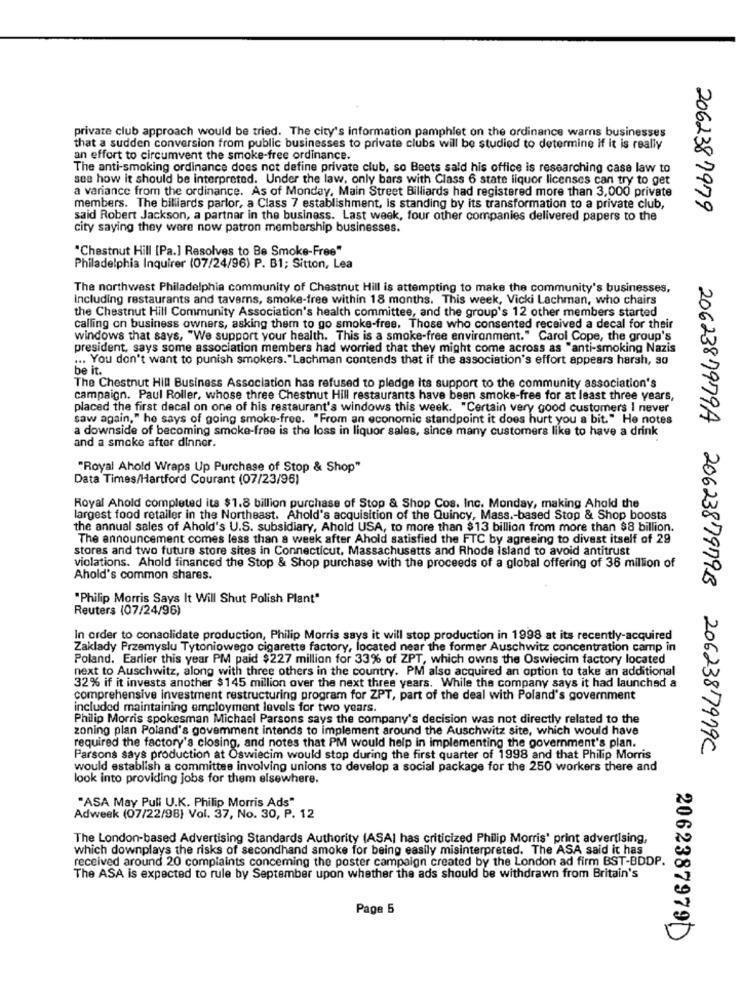
private club approach would be tried. The city's information pamphlet on the ordinance warns businesses
that a sudden conversion from public businesses to private clubs will be studied to determine if it is really
an effort to circumvent the smoke-free ordinance.
The anti-smoking ordinance does not define private club, so Beets sald his office is researching case law to
see how it should be interpreted. Under the law, only bars with Class 6 state liquor licenses can try to get
a variance from the ordinance. As of Monday, Main Street Billiards had registered more than 3,000 private
members. The billiards parlor, a Class 7 establishment, is standing by its transformation to a private club,
2062387979
said Robert Jackson, a partnar in the business. Last week, four other companies delivered papers to the
city saying they were now patron membership businesses.
"Chestnut Hill [Pa.] Resolves to Be Smoke-Free"
Philadelphia Inquirer (07/24/96) P. B1; Sitton, Lea
The northwest Philadelphia community of Chestnut Hill is attempting to make the community's businesses,
including restaurants and taverns, smoke-free within 18 months. This week, Vicki Lachman, who chairs
the Chestnut Hill Community Association's health committee, and the group's 12 other members started
calling on business owners, asking them to go smoke-free. Those who consented received a decal for their
windows that says, "We support your health. This is a smoke-free environment." Carol Cope, the group's
president, says some association members had worried that they might come across as "anti-smoking Nazis
... You don't want to punish smokers. "Lachman contends that if the association's effort appears harsh, so
be it.
The Chestnut Hill Business Association has refused to pledge Its support to the community association's
campaign. Paul Roller, whose three Chestnut Hill restaurants have been smoke-free for at least three years,
placed the first decal on one of his restaurant's windows this week. "Certain very good customers I never
saw again," he says of going smoke-free. "From an economic standpoint it does hurt you a bit." He notes
a downside of becoming smoke-free is the loss in liquor sales, since many customers like to have a drink
and a smoke after dinner.
"Royal Ahold Wraps Up Purchase of Stop & Shop"
Data Times/Hartford Courant (07/23/96)
Royal Ahold completed its $1.8 billion purchase of Stop & Shop Cos. Inc. Monday, making Ahold the
largest food retailer in the Northeast. Ahold's acquisition of the Quincy, Mass .- based Stop & Shop boosts
the annual sales of Ahold's U.S. subsidiary, Ahold USA, to more than $13 billion from more than $8 billion.
The announcement comes less than a week after Ahold satisfied the FTC by agreeing to divest itself of 29
stores and two future store sites in Connecticut, Massachusetts and Rhode island to avoid antitrust
violations. Ahold financed the Stop & Shop purchase with the proceeds of a global offering of 36 million of
Ahold's common shares.
"Philip Morris Says It Will Shut Polish Plant"
Reuters (07/24/96)
In order to consolidate production, Philip Morris says it will stop production in 1998 at its recently-acquired
Zaklady Przemysłu Tytoniowego cigarette factory, located near the former Auschwitz concentration camp in
Poland. Earlier this year PM paid $227 million for 33% of ZPT, which owns the Oswiecim factory located
next to Auschwitz, along with three others in the country. PM also acquired an option to take an additional
32% if it invests another $145 million over the next three years. While the company says it had launched a
comprehensive investment restructuring program for ZPT, part of the deal with Poland's government
included maintaining employment levels for two years.
Philip Morris spokesman Michael Parsons says the company's decision was not directly related to the
zoning plan Poland's govemment intends to implement around the Auschwitz site, which would have
required the factory's closing, and notes that PM would help in implementing the government's plan.
2062387979A 2062387979B 2062387919C
Parsons says production at Oswiecim would stop during the first quarter of 1998 and that Philip Morris
would establish a committee involving unions to develop a social package for the 250 workers there and
look into providing jobs for them elsewhere.
"ASA May Pull U.K. Philip Morris Ads"
Adweek (07/22/96) Vol. 37, No. 30, P. 12
The London-based Advertising Standards Authority (ASAI has criticized Philip Morris' print advertising,
which downplays the risks of secondhand smoke for being easily misinterpreted. The ASA said it has
received around 20 complaints conceming the poster campaign created by the London ad firm BST-BDDP.
The ASA is expected to rule by September upon whether the ads should be withdrawn from Britain's
Page 5
2062387979D